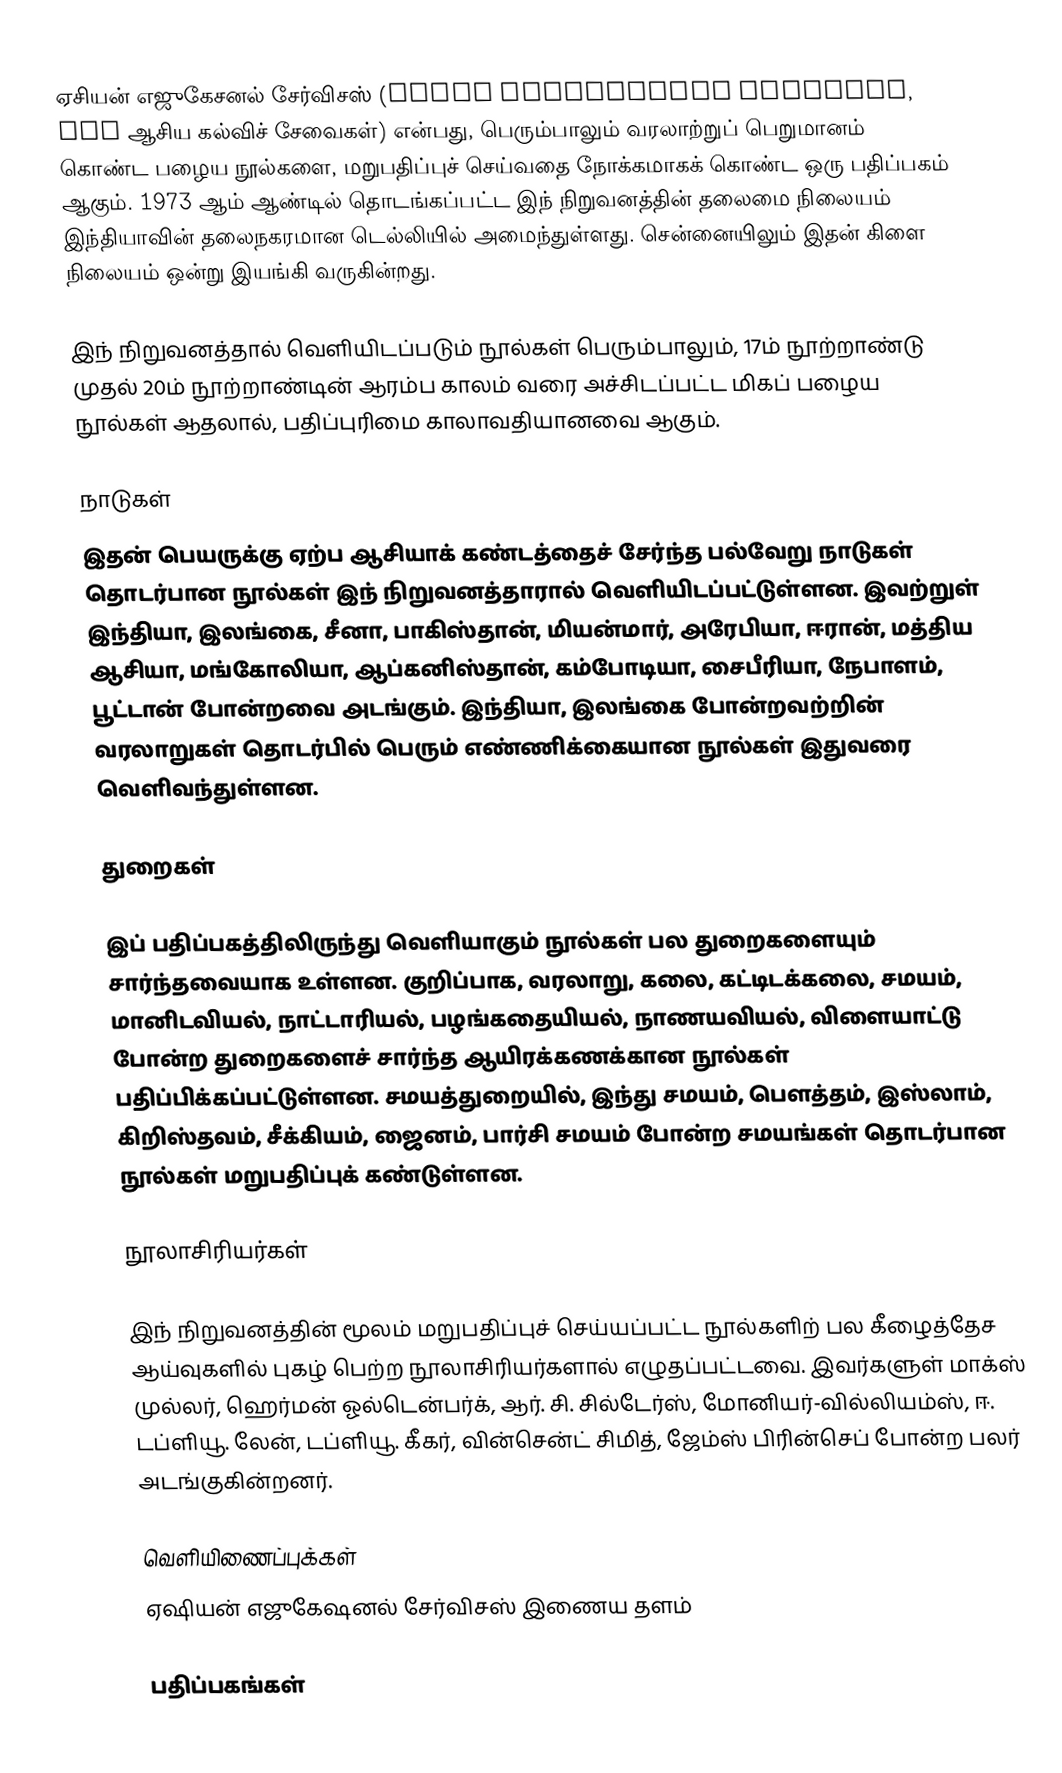
ஏசியன் எஜுகேசனல் சேர்விசஸ் (Asian Educational Services, AES ஆசிய கல்விச் சேவைகள்) என்பது, பெரும்பாலும் வரலாற்றுப் பெறுமானம் கொண்ட பழைய நூல்களை, மறுபதிப்புச் செய்வதை நோக்கமாகக் கொண்ட ஒரு பதிப்பகம் ஆகும். 1973 ஆம் ஆண்டில் தொடங்கப்பட்ட இந் நிறுவனத்தின் தலைமை நிலையம் இந்தியாவின் தலைநகரமான டெல்லியில் அமைந்துள்ளது. சென்னையிலும் இதன் கிளை நிலையம் ஒன்று இயங்கி வருகின்றது.

இந் நிறுவனத்தால் வெளியிடப்படும் நூல்கள் பெரும்பாலும், 17ம் நூற்றாண்டு முதல் 20ம் நூற்றாண்டின் ஆரம்ப காலம் வரை அச்சிடப்பட்ட  மிகப் பழைய நூல்கள் ஆதலால், பதிப்புரிமை காலாவதியானவை ஆகும்.

நாடுகள்
இதன் பெயருக்கு ஏற்ப ஆசியாக் கண்டத்தைச் சேர்ந்த பல்வேறு நாடுகள் தொடர்பான நூல்கள் இந் நிறுவனத்தாரால் வெளியிடப்பட்டுள்ளன. இவற்றுள் இந்தியா, இலங்கை, சீனா, பாகிஸ்தான், மியன்மார், அரேபியா, ஈரான், மத்திய ஆசியா, மங்கோலியா, ஆப்கனிஸ்தான், கம்போடியா, சைபீரியா, நேபாளம், பூட்டான் போன்றவை அடங்கும். இந்தியா, இலங்கை போன்றவற்றின் வரலாறுகள் தொடர்பில் பெரும் எண்ணிக்கையான நூல்கள் இதுவரை வெளிவந்துள்ளன.

துறைகள்

இப் பதிப்பகத்திலிருந்து வெளியாகும் நூல்கள் பல துறைகளையும் சார்ந்தவையாக உள்ளன. குறிப்பாக, வரலாறு, கலை, கட்டிடக்கலை, சமயம், மானிடவியல், நாட்டாரியல், பழங்கதையியல், நாணயவியல், விளையாட்டு போன்ற துறைகளைச் சார்ந்த ஆயிரக்கணக்கான நூல்கள் பதிப்பிக்கப்பட்டுள்ளன. சமயத்துறையில், இந்து சமயம், பௌத்தம், இஸ்லாம், கிறிஸ்தவம், சீக்கியம், ஜைனம், பார்சி சமயம் போன்ற சமயங்கள் தொடர்பான நூல்கள் மறுபதிப்புக் கண்டுள்ளன.

நூலாசிரியர்கள்

இந் நிறுவனத்தின் மூலம் மறுபதிப்புச் செய்யப்பட்ட நூல்களிற் பல கீழைத்தேச ஆய்வுகளில் புகழ் பெற்ற நூலாசிரியர்களால் எழுதப்பட்டவை. இவர்களுள் மாக்ஸ் முல்லர், ஹெர்மன் ஓல்டென்பர்க், ஆர். சி. சில்டேர்ஸ், மோனியர்-வில்லியம்ஸ், ஈ. டப்ளியூ. லேன், டப்ளியூ. கீகர், வின்சென்ட் சிமித், ஜேம்ஸ் பிரின்செப் போன்ற பலர் அடங்குகின்றனர்.

வெளியிணைப்புக்கள்
 ஏஷியன் எஜுகேஷனல் சேர்விசஸ் இணைய தளம்

 பதிப்பகங்கள்